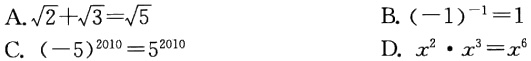
A.$\sqrt{2}+\sqrt{3}=\sqrt{5}$
B.$(-1)^{-1}=1$
C.$(-5)^{2010}=5^{2010}$
D.$x^{2}\cdot x^{3}=x^{6}$